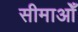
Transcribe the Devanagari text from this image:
सीमाओँ